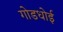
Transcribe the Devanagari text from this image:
गोडधोई